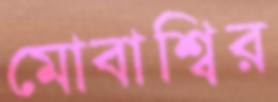
মোবাশ্বির